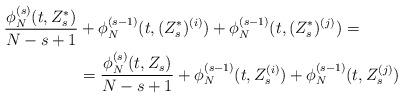
LaTeX: \begin{align*}\begin{aligned}\frac{\phi_N^{(s)}(t,Z_s^*)}{N-s+1} & + \phi_N^{(s-1)}(t,(Z_s^*)^{(i)})+ \phi_N^{(s-1)}(t,(Z_s^*)^{(j)}) = \\& = \frac{\phi_N^{(s)}(t,Z_s)}{N-s+1} + \phi_N^{(s-1)}(t,Z_s^{(i)}) + \phi_N^{(s-1)}(t,Z_s^{(j)})\end{aligned}\end{align*}